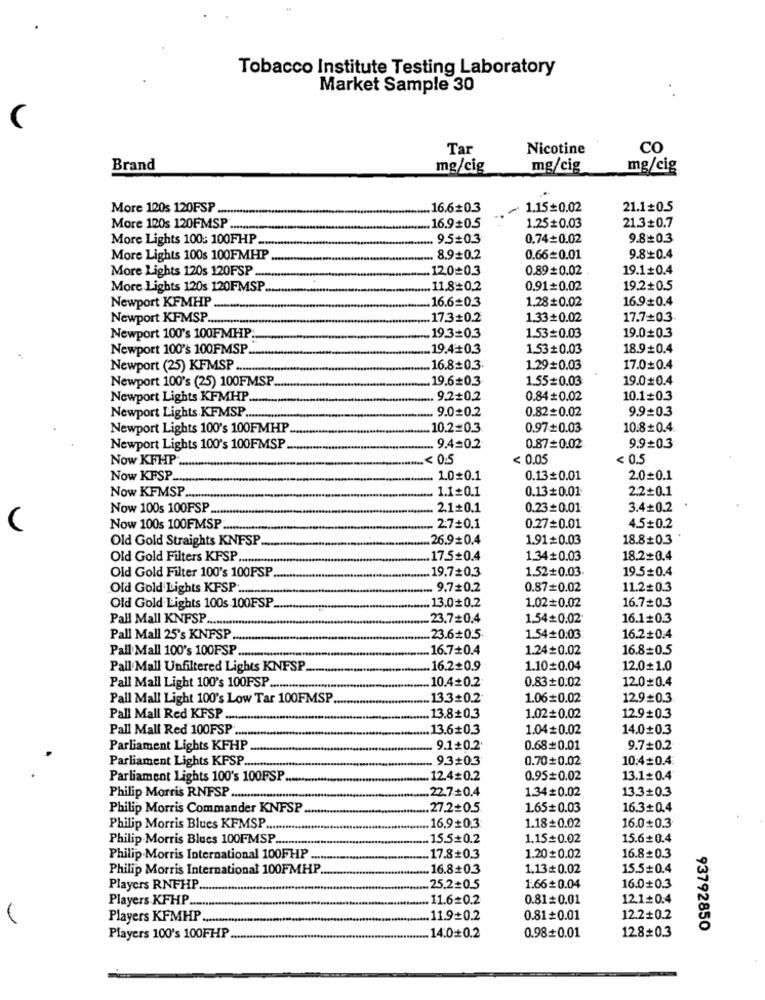
Tobacco Institute Testing Laboratory
Market Sample 30
Tar
Nicotine
CO
Brand
mg/cig
mg/cig
mg/cig
More 120s 120FSP ...
16.6+0.3
- 1.15=0.02
21.1+0.5
More 120s 120FMSP ..........
16.9+0.5
1.25#0.03
21.3+0.7
More Lights 100: 100FHP.
9.5=0.3
0.74+0.02
9.80.3
More Lights 100s 100FMHP
8.9+0.2
0.66=0.01
9.8+0.4
More Lights 120s 120FSP
12.0=0.3
0.89+0.02
19.1+0.4
More Lights 120s 120FMSP.
11.8=0.2
0.91+0.02
19.2+0.5
Newport KFMHP
16.6=0.3
1.28#0.02
16.9+0.4
Newport KFMSP ...
17.3+0.2
1.33+0.02
17.7+0.3
19.3=0.3
19.0+0.3
Newport 100's 100FMHP:
1.53=0.03
Newport 100's 100FMSP.
19.4+0.3
1.53#0.03
18.9+0.4
Newport (25) KFMSP .
16.8=0.3.
1.29=0.03
17.00.4
Newport 100's (25) 100FMSP.
19.6=0.3
1.55=0.03
19.0#0.4
Newport Lights KFMHP
. 9.2+0.2
0.84#0.02
10.1+0.3
9.00.2
0.82=0.02
9.9=0.3
Newport Lights KFMSP ......
Newport Lights 100's 100FMHP
10.2=0.3
0.97+0.03
10.8+0.4
Newport Lights 100's 100FMSP
9.4=0.2
0.87=0.02
9.9+0.3
Now KFHP ..
.< 0.5
< 0.05
< 0.5
Now KFSP.
1.00.1
0.13+0.01
2.0=0.1
1.1=0.1
2.2+0.1
Now KFMSP ...
0.13+0.01
Now 100s 100FSP
.2.1+0.1
0.23+0.01
3.4+0.2
(
Now 100s 100FMSP
.2:7=0.1
0.27=0.01
4.5+0.2
Old Gold Straights KNFSP
26.90.4
1.91=0.03
18.8+0.3
Old Gold Filters KFSP ..
17.5+0.4
1.34+0.03
18.2+0.4
Old Gold Filter 100's 100FSP
19.7=0.3
1.52+0.03.
19.5=0.4
Old Gold Lights KFSP ............
9.7+0.2
0.87=0.02
11.2+0.3
13.00.2
1.02=0.02
16.7=0.3
Old Gold Lights 100s 100FSP
Pall Mall KNFSP .........
23.7+0.4
1.54+0.02
16.1+0.3
Pall Mall 25's KNFSP
23.6+0.5.
1.54+0.03
16.2+0.4
Pall Mall 100's 100FSP.
16.7+0.4
1.24=0.02
16.8=0.5
Pall Mall Unfiltered Lights KNFSP
16.2+0.9
1.10=0.04
12.0+1.0
10.4+0.2
0.83+0.02
12.0=0.4
Pall Mall Light 100's 100PSP .......
Pall Mall Light 100's Low Tar 100FMSP
13.3=0.2
1.06=0.02
12.9=0.3.
Pall Mall Red KFSP .....
13.8+0.3
1.02+0.02
12.9+0.3
Pall Mall Red 100FSP ......
13.6#0.3
1.04+0.02
14.0+0.3
Parliament Lights KFHP.
9.10.2'
0.68#0.01
9.7+0.2
Parliament Lights KFSP ..
9.3+0.3
0.70+0.02
10:4=0.4
Parliament Lights 100's 100FSP.
12.40.2
0.95#0.02
13.1=0.4
22.7+0.4
1.34=0.02
13.3+0.3
Philip Morris RNFSP ..............
Philip Morris Commander KNFSP
.27.2+0.5
1.65=0.03
16.3+0.4
Philip Morris Blues KFMSP .........
16.9+0.3
1.18=0.02
16.00.3
Philip Morris Blues 100FMSP ...
15.5+0.2
1.15=0.02
15.6+0.4
Philip Morris International 100FHP .....
17.8+0.3
1.20#0.02
16.8=0.3
Philip Morris International 100FMHP
16.8+0.3
1.13¢0.02
15.5=0.4
Players RNFHP
25.2+0.5
1.66# 0.04
16.0+0.3
Players KFHP .....
11.6=0.2
0.81= 0.01
12.1+0.4
Players KFMHP ...
11.9+0.2
0.81+0.01
12.2+0.2
12.8+0.3
93792850
Players 100's 100FHP
14.0+0.2
0.98+0.01